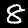
Digit: 8